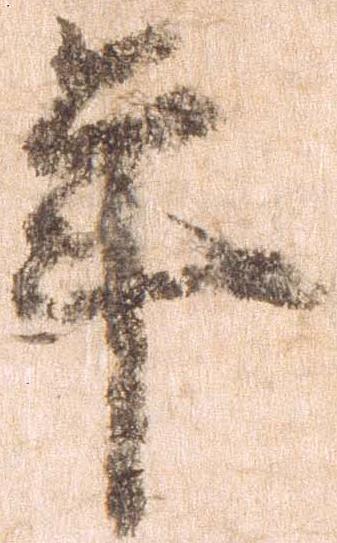
年